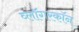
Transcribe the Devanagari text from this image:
व्लॉगरकॉन